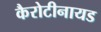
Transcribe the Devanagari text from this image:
कैरोटीनायड